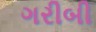
ગરીબી